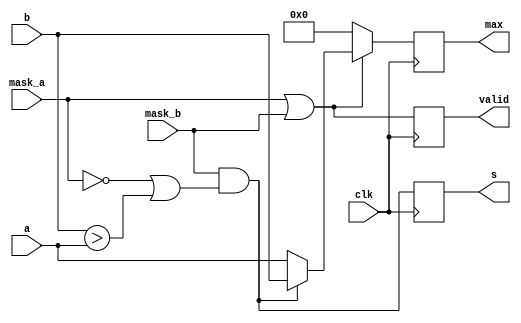
/*!
 * <b>Module:</b>masked_max_reg
 * @file masked_max_reg.v
 * @date 2015-01-09  
 * @author Andrey Filippov     
 *
 * @brief Finds maximal of two masked values, registers result
 *
 * @copyright Copyright (c) 2015 Elphel, Inc.
 *
 * <b>License:</b>
 *
 * masked_max_reg.v is free software; you can redistribute it and/or modify
 * it under the terms of the GNU General Public License as published by
 * the Free Software Foundation, either version 3 of the License, or
 * (at your option) any later version.
 *
 *  masked_max_reg.v is distributed in the hope that it will be useful,
 * but WITHOUT ANY WARRANTY; without even the implied warranty of
 * MERCHANTABILITY or FITNESS FOR A PARTICULAR PURPOSE.  See the
 * GNU General Public License for more details.
 *
 * You should have received a copy of the GNU General Public License
 * along with this program.  If not, see <http://www.gnu.org/licenses/> .
 *
 * Additional permission under GNU GPL version 3 section 7:
 * If you modify this Program, or any covered work, by linking or combining it
 * with independent modules provided by the FPGA vendor only (this permission
 * does not extend to any 3-rd party modules, "soft cores" or macros) under
 * different license terms solely for the purpose of generating binary "bitstream"
 * files and/or simulating the code, the copyright holders of this Program give
 * you the right to distribute the covered work without those independent modules
 * as long as the source code for them is available from the FPGA vendor free of
 * charge, and there is no dependence on any encrypted modules for simulating of
 * the combined code. This permission applies to you if the distributed code
 * contains all the components and scripts required to completely simulate it
 * with at least one of the Free Software programs.
 */
`timescale 1ns/1ps

module  masked_max_reg#(
    parameter width=16
    )(
    input              clk,
    input  [width-1:0] a,
    input              mask_a,
    input  [width-1:0] b,
    input              mask_b,
    output [width-1:0] max,
    output             s,
    output             valid // at least one of the inputs was valid (matches outputs)
);
    reg    [width-1:0] max_r;
    reg                s_r;
    reg                valid_r;
    assign s=s_r;
    assign max=max_r;
    assign valid=valid_r;
//    wire s_w= mask_b && ((mask_a && (b>a)) || !mask_a);
    wire s_w= mask_b && (!mask_a || (b>a));
    always @ (posedge clk) begin
        s_r <= s_w;
        max_r <= (mask_a || mask_b)? (s_w?b:a): {width{1'b0}};
        valid_r <= mask_a || mask_b;
    end 
endmodule